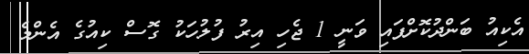
އެކިއު ބަންދުކޮށްފައި ވަނީ 1 ޖެހި އިރު ފުލުހަކު ގޮސް ކިއުގެ އެންމެ